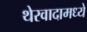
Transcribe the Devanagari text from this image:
थेरवादामध्ये